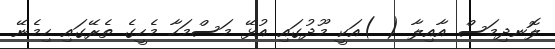
ލޮނދިމަސް އާއިލާ ( )އަކީ މޫދުގައި އުޅޭ މަސްމަހާ މެހީގެ ތެރޭގައި ހިމެނޭ